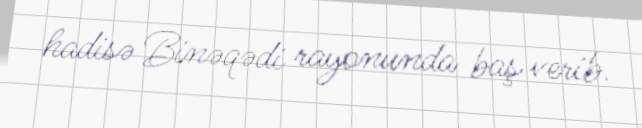
hadisə Binəqədi rayonunda baş verib.